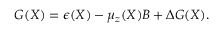
\begin{array} { r } { G ( X ) = \epsilon ( X ) - \mu _ { z } ( X ) B + \Delta G ( X ) . } \end{array}